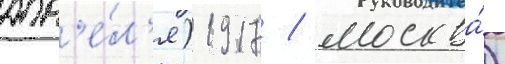
апр'е́л'я) 1917 / москва́)